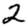
Digit: 2